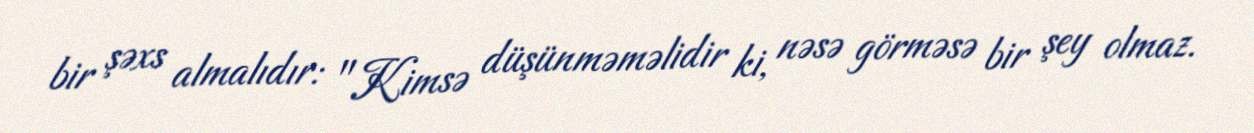
bir şəxs almalıdır: "Kimsə düşünməməlidir ki, nəsə görməsə bir şey olmaz.